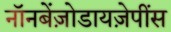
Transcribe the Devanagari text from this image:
नॉनबेंज़ोडायज़ेपींस